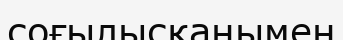
соғылысқанымен